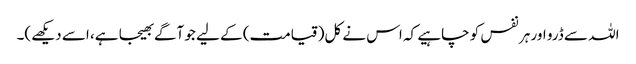
اللہ سے ڈرو اور ہر نفس کو چاہیے کہ اس نے کل(قیامت) کے لیے جو آگے بھیجا ہے، اسے دیکھے)۔